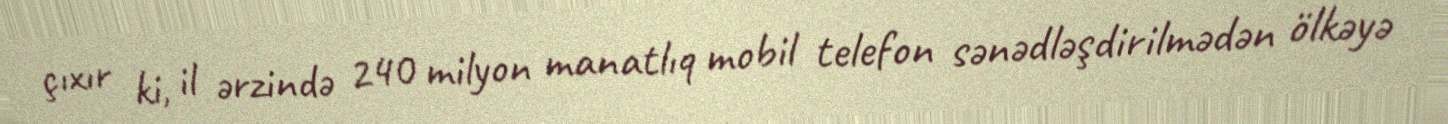
çıxır ki, il ərzində 240 milyon manatlıq mobil telefon sənədləşdirilmədən ölkəyə